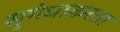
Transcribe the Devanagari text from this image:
सुगंधाकरता